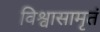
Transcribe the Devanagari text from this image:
विश्वासामृतं